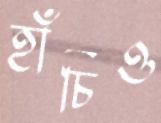
হাঁচিও